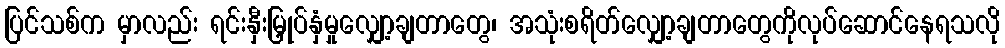
ပြင်သစ်က မှာလည်း ရင်းနှီးမြှုပ်နှံမှုလျှော့ချတာတွေ၊ အသုံးစရိတ်လျှော့ချတာတွေကိုလုပ်ဆောင်နေရသလို